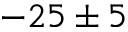
- 2 5 \pm 5